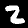
Digit: 2